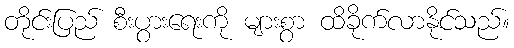
တိုင်းပြည် စီးပွားရေးကို များစွာ ထိခိုက်လာနိုင်သည်။